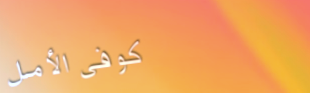
كوفي الأمل